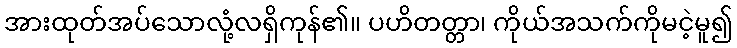
အားထုတ်အပ်သောလုံ့လရှိကုန်၏။ ပဟိတတ္တာ၊ ကိုယ်အသက်ကိုမငဲ့မူ၍